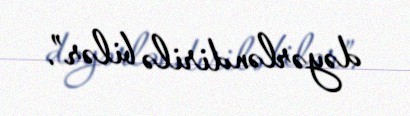
dəyərləndirilə bilər”.